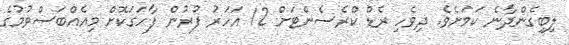
ލިބިގެންދާނެ ކަމަށެވެ. ދިވެހި ރެޑް ކްރެސެންޓަށް 12 އަހަރު ފުރުން ފާހަގަކޮށް މިއެއްބަސްވުމުގެ